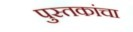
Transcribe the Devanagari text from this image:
पुस्‍तकांचा